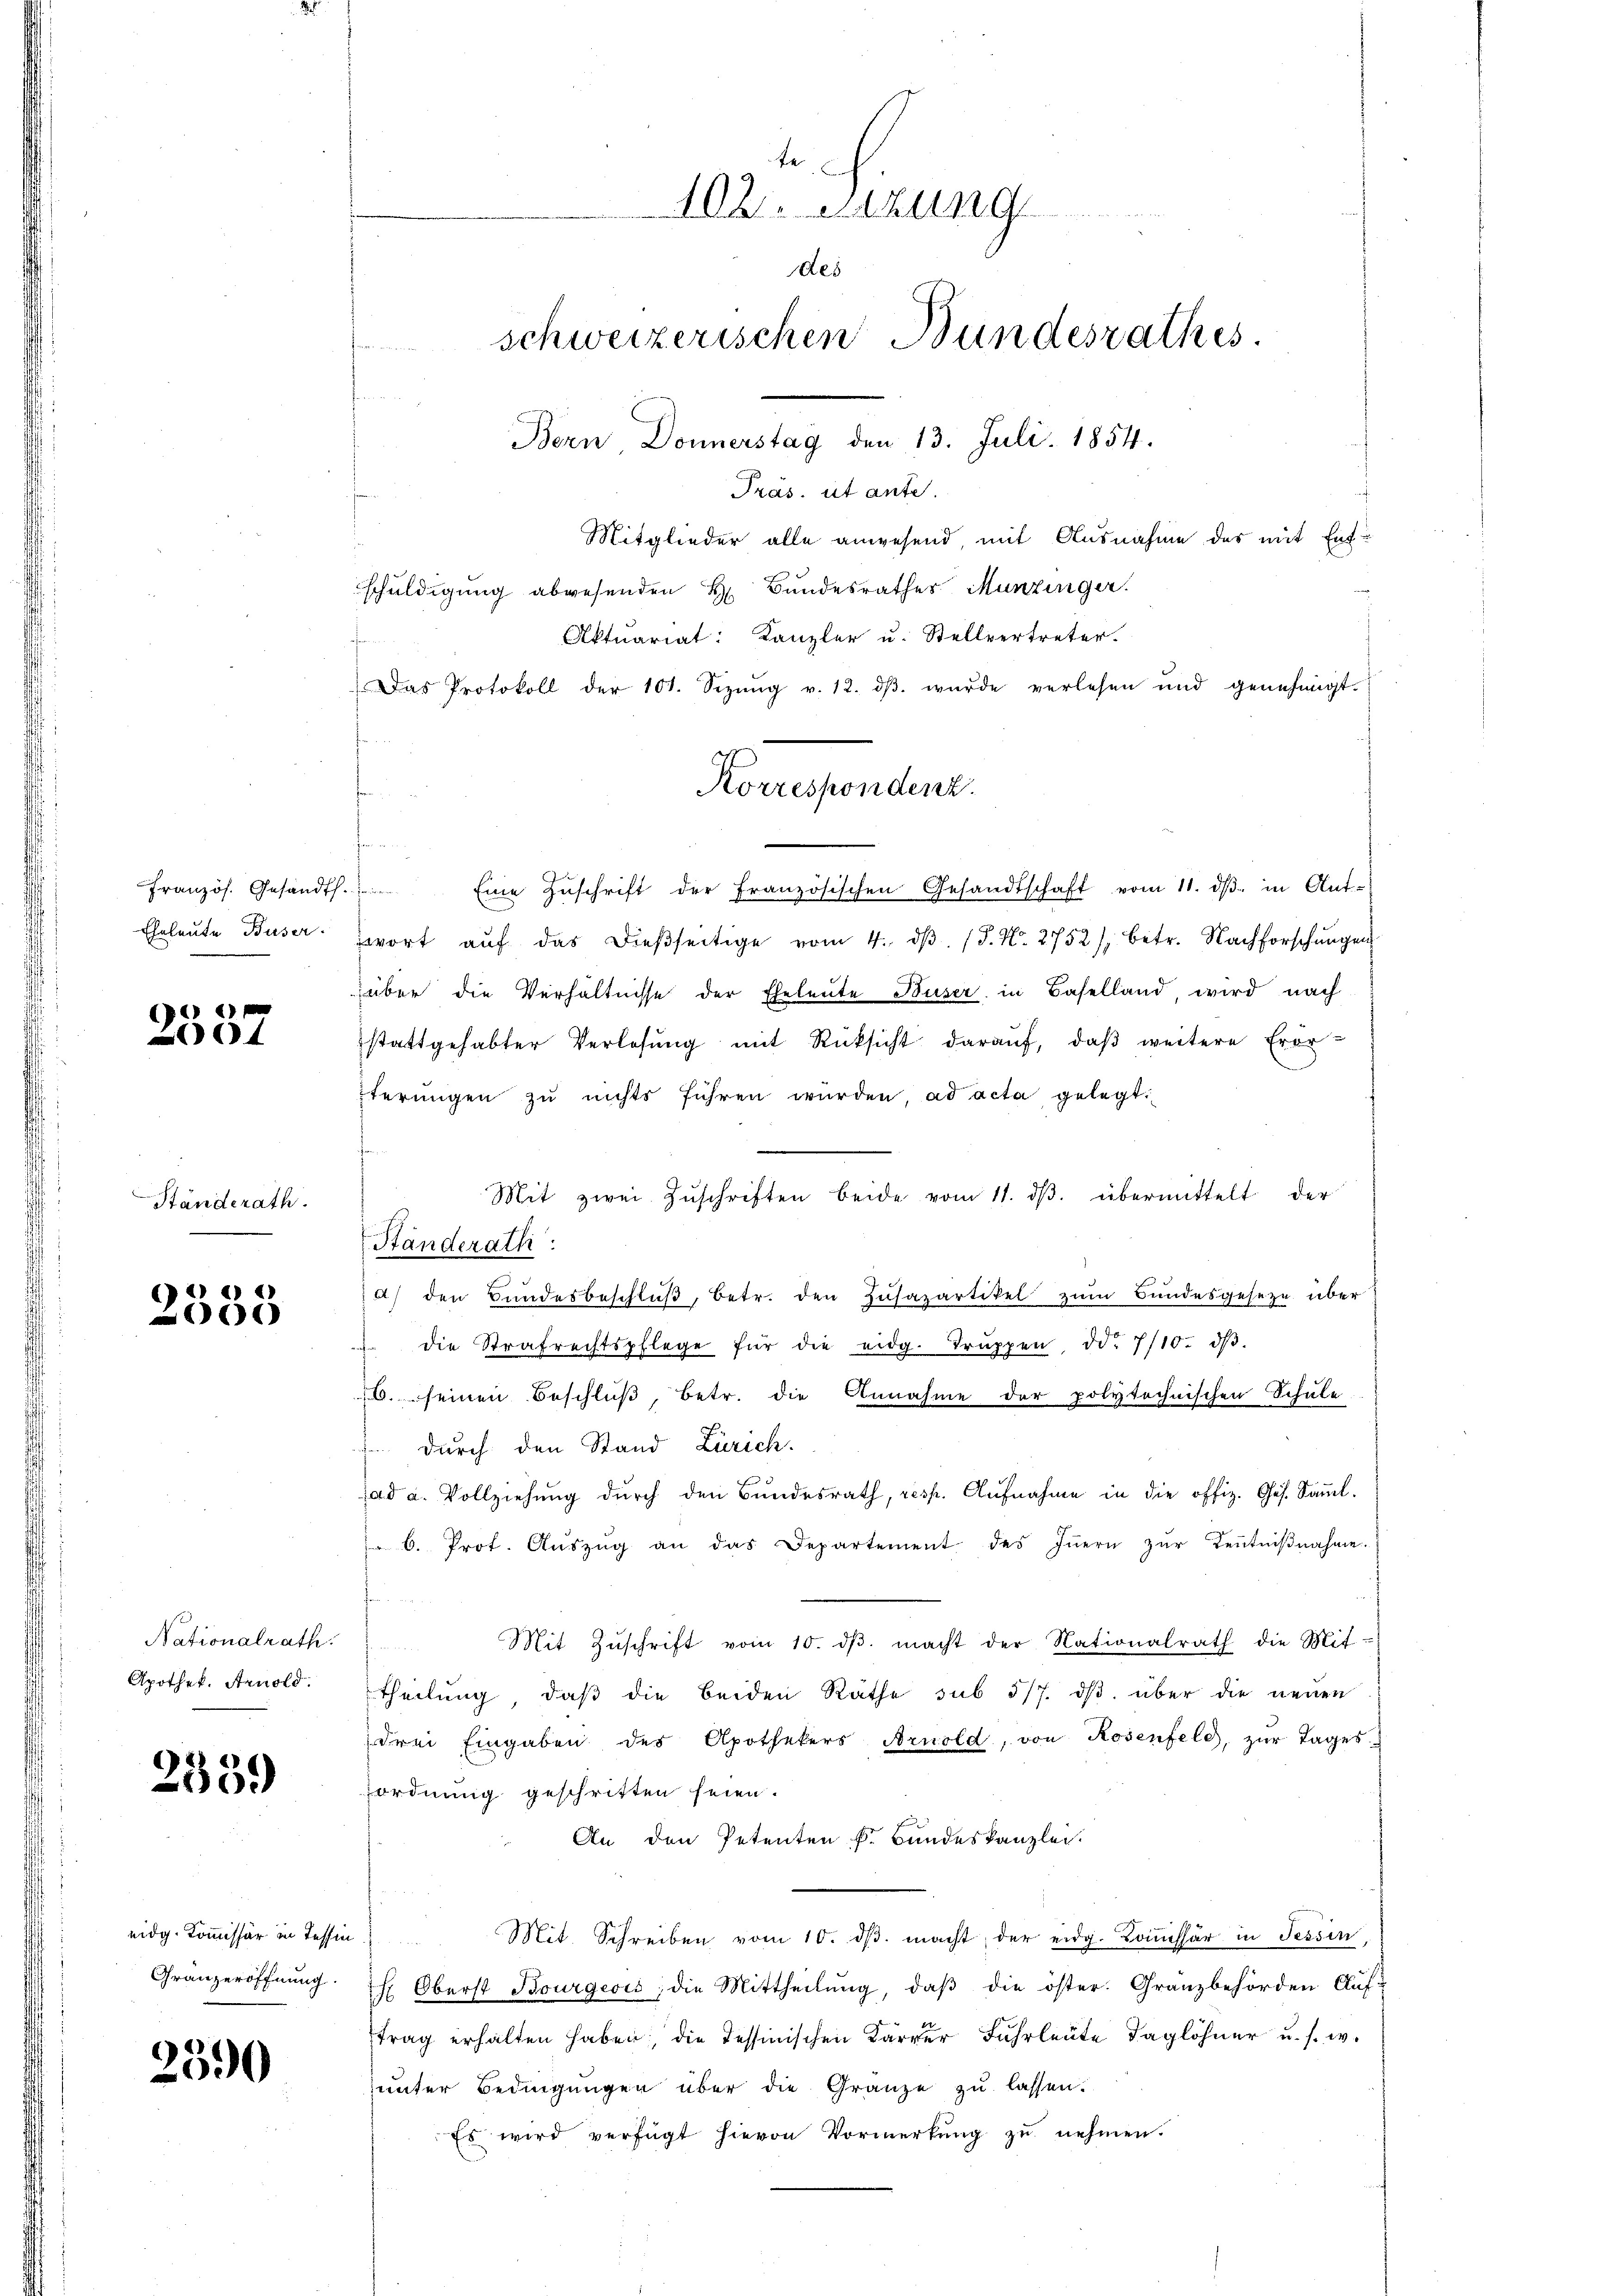
Französ. Gesandth.
Eheleute Buser.

2537

Ständerath.

1
2330

Nationalrath
Apothek, Arnold.

2559

eidg. Kommissär in Tessin
Granzeröffnung

2390

te
102. Setzung
des
schweizerischen Bundesrathes.
Bern Donnerstag den 13. Juli 1854.
Pras. ut ante.
Mitglieder alle anwesend mit Ausnahme des mit Ent¬

Korrespondenz.

schuldigung abgesenden H. Bundesrathes Munzinger.
Aktuariat: Kanzler u. Stellvertreter.
Das Protokoll der 101. Sizŭng v. 12. dβ. wurde verlesen und genehmigt.
e
Eine Zŭschrift der Französischen Gesandtschaft vom 11. dβ in Ant-
wort aŭf das dieβseitige vom 4. dβ. (T. N. 2752), betr. Nachforschŭngen
über die Verhältnisse der Eheleute Buser in Baselland, wird nach
stattgehabter Verlosung mit Rücksicht darauf, daβ weitere Erör-
terŭngen zŭ nichts führen würden, ad acta gelegt.
Mit zwei Zŭschriften beide vom 11. dβ. übermittelt der
Ständerath
e
a) den Bundesbeschluß, betr. den Zusazartikel zum Bundesgeseze über
 die Strafrechtspflege für die eidg. Trŭppen, od. 7/10. dβ.
6. seinen Beschluß, betr. die Annahme der polytechnischen Schule
 durch den Stand Zürich.
ad a. Vollziehung durch den Bundesrath, resp. Aŭfnahme in die offiz. Ges. Saṁl.
6. Prot. Aŭszŭg an das Departement des Iṅern zŭr Kentniβnahme.
Mit Zŭschrift vom 10. dβ. macht der Nationalrath die Mit-
theilung, daβ die beiden Räthe sub 5/7. dβ über die neuen
drei Eingaben des Apothekers Arnold, von Rosenfeld, zŭr Tages-
ordnung geschritten seien.
An den Petenten k. Bundeskanzlei.
Mit. Schreiben vom 10. dβ. macht, der eidg. Koṁissar in Tessin,
 Oberst Bourgeois, die Mittheilung, daβ die öster. Granzbehörden Auf-
trag erhalten haben; die Tessinischen Karrer Fuhrleute Taglöhner u. s. w.
unter Bedingungen über die Gränze zu lassen.
Es wird verfügt hievon Vormerkŭng zŭ nehmen.